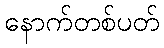
နောက်တစ်ပတ်